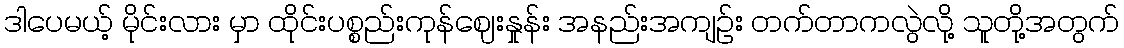
ဒါပေမယ့် မိုင်းလား မှာ ထိုင်းပစ္စည်းကုန်ဈေးနှုန်း အနည်းအကျဉ်း တက်တာကလွဲလို့ သူတို့အတွက်